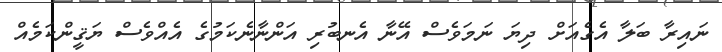
ނައިރާ ބަލާ އެގެއަށް ދިޔަ ނަމަވެސް އޭނާ އެނބުރި އަންނާނެކަމުގެ އެއްވެސް ޔަޤީންކަމެއް